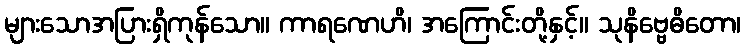
များသောအပြားရှိကုန်သော။ ကာရဏေဟိ၊ အကြောင်းတို့နှင့်။ သုနိဗ္ဗေဓိတော၊